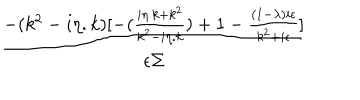
LaTeX: \frac { - ( k ^ { 2 } - i \eta . k ) [ - ( \frac { i \eta . k + k ^ { 2 } } { k ^ { 2 } - i \eta . k } ) + 1 - \frac { ( 1 - \lambda ) i \epsilon } { k ^ { 2 } + i \epsilon } ] } { \epsilon \Sigma }